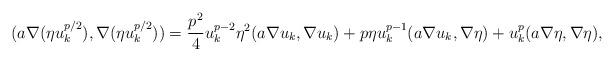
LaTeX: \begin{align*} (a\nabla (\eta u_k^{p/2}),\nabla (\eta u_k^{p/2})) & = \frac{p^2}{4} u_k^{p-2}\eta^2 (a\nabla u_k,\nabla u_k)+p\eta u_k^{p-1}(a\nabla u_k,\nabla \eta)+u_k^{p}(a\nabla \eta,\nabla \eta), \end{align*}